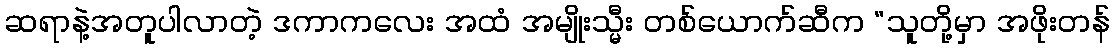
ဆရာနဲ့အတူပါလာတဲ့ ဒကာကလေး အထံ အမျိုးသ္မီး တစ်ယောက်ဆီက “သူတို့မှာ အဖိုးတန်